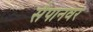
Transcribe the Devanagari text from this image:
सैपानवर